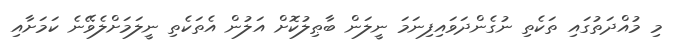
މި މުއްދަތުގައި ތަކެތި ނުގެންދަވައިފިނަމަ ނީލަން ބާޠިލުކޮށް އަލުން އެތަކެތި ނީލަމަށްލެވޭނެ ކަމަށާއި